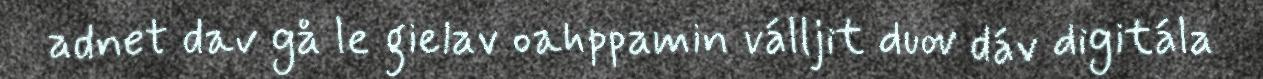
adnet dav gå le gielav oahppamin válljit duov dáv digitála